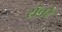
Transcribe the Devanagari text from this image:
संचरे